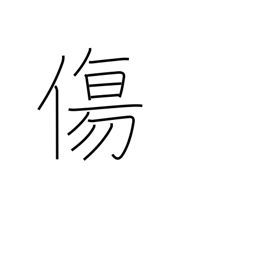
Meaning: weak point